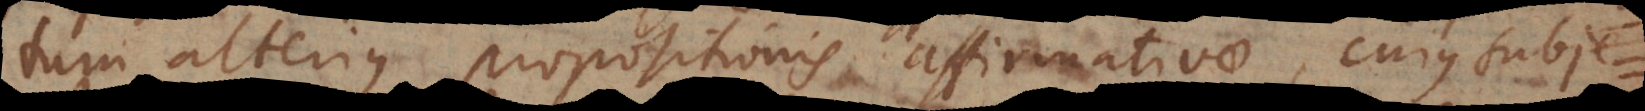
tum alterius propositionis affirmativae, cujus subject